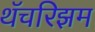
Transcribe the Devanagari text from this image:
थॅचरिझम